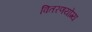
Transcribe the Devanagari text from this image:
वितरणयोग्य